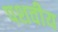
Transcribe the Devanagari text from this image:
पशवीय